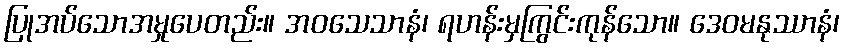
ပြုအပ်သောအမှုပေတည်း။ အဝသေသာနံ၊ ရဟန်းမှကြွင်းကုန်သော။ ဒေဝမနုဿာနံ၊